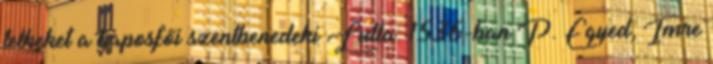
telkeket a kaposfői szentbenedeki Lulla: 1536-ban P. Egyed, Imre